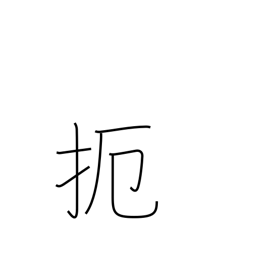
Meaning: prevent